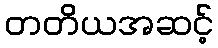
တတိယအဆင့်